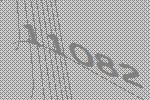
11082